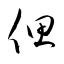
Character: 偲